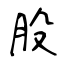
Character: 股